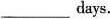
___ days.